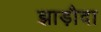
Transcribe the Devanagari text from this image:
झाड़ौदा